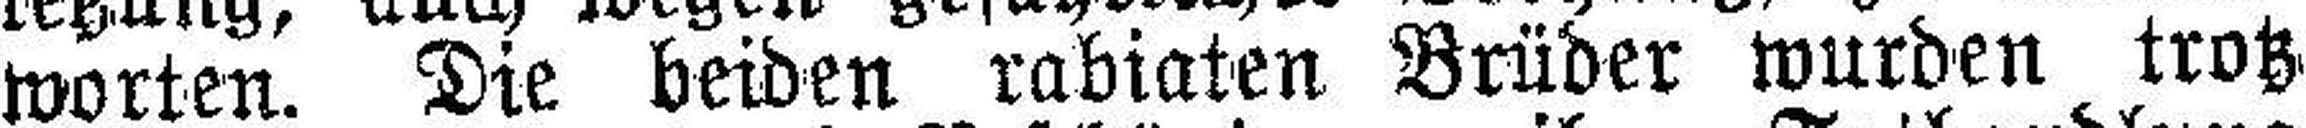
worten. Die beiden rabiaten Brüder wurden trotz